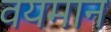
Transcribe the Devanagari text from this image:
वयमान